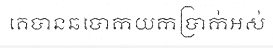
គេបានឆបោកយកប្រាក់អស់